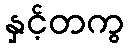
နှင့်တကွ